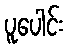
ပူပေါင်း